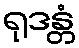
ရုဒန္တံ